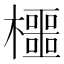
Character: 櫮